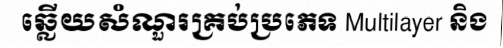
ឆ្លើយសំណួរគ្រប់ប្រភេទ Multilayer និង